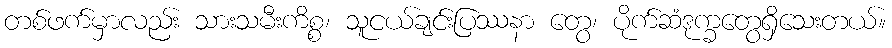
တစ်ဖက်မှာလည်း သားသမီးကိစ္စ၊ သူငယ်ချင်းပြဿနာ တွေ၊ ပိုက်ဆံဒုက္ခတွေရှိသေးတယ်။